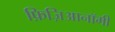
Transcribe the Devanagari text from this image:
फ़िज़िआनॉमी